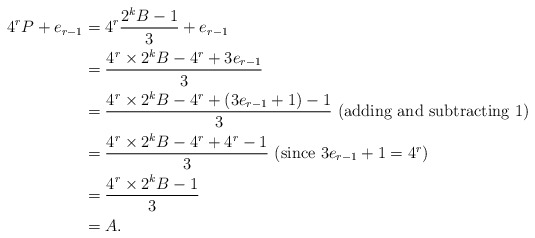
\begin{align*}4^rP+e_{r-1} &= 4^r \frac{2^kB-1}{3} + e_{r-1} \\& = \frac{4^r \times 2^kB - 4^r + 3e_{r-1}}{3} \\&= \frac{4^r \times 2^kB - 4^r + (3e_{r-1}+1) -1}{3} \mbox{ (adding and subtracting $1$) } \\ & = \frac{4^r \times 2^kB - 4^r + 4^r -1}{3} \mbox{ (since $3e_{r-1}+1 = 4^r$)} \\& = \frac{4^r \times 2^kB -1}{3} \\&= A.\end{align*}